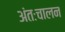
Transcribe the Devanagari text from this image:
अंतःचालन